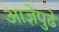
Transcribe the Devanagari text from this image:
आज्ञेपुढे